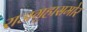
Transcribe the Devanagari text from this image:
राजगृहासमोर